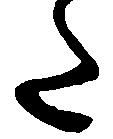
た